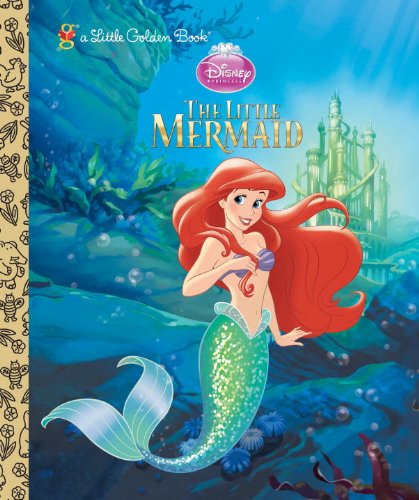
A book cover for The Little Mermaid (Disney Princess) (Little Golden Book); Michael Teitelbaum; Children's Books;